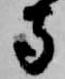
寺